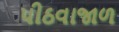
પીઠવાજાળ